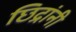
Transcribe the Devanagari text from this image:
छिद्रांनी